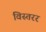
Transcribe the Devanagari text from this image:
विस्तरर